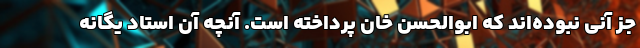
جز آنی نبوده‌اند که ابوالحسن خان پرداخته است. آنچه آن استاد یگانه